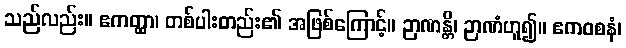
သည်လည်း။ ဧကတ္ထာ၊ တစ်ပါးတည်း၏ အဖြစ်ကြောင့်။ ဉာဏန္တိ၊ ဉာဏံဟူ၍။ ဧကဝစနံ၊